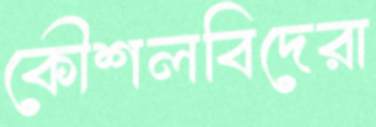
কৌশলবিদেরা